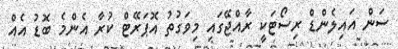
ސަން އައިލެންޑް ރިސޯޓަކީ ރާއްޖޭގައި މިވަގުތު އޮޕަރޭޓް ކުރާ އެންމެ ބޮޑު އެއް